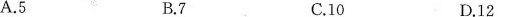
A. 5 B. 7 C.10 D.12